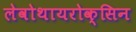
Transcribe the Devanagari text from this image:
लेवोथायरोक्सिन